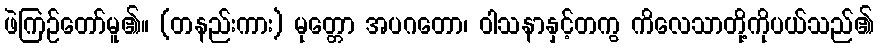
ဖဲကြဉ်တော်မူ၏။ (တနည်းကား) မုတ္တော အပဂတော၊ ဝါသနာနှင့်တကွ ကိလေသာတို့ကိုပယ်သည်၏